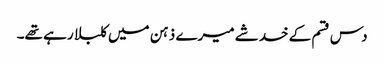
دس قسم کے خدشے میرے ذہن میں کلبلا رہے تھے۔